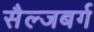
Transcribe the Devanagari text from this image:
सैल्जबर्ग